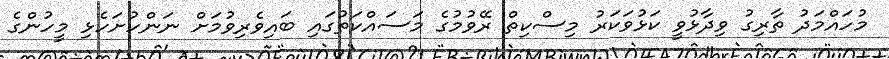
މުހައްމަދު ތާރިގު ވިދާޅުވީ ކަޅުވަކަރު މިސްކިތް ރޭވުމުގެ މަސައްކަތުގައި ބައިވެރިވުމަށް ނަންހުށަހެޅި މީހުންގެ